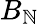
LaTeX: B_{\mathbb{N}}